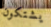
يشتكون